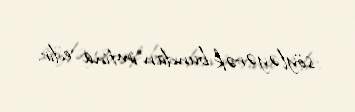
söyləyərək bundan imtina edir.